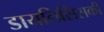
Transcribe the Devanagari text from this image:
डायलिसिसकी